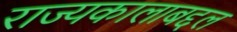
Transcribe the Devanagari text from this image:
राज्यकालाबद्दल